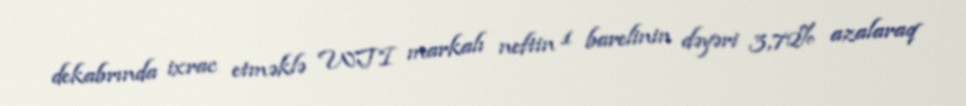
dekabrında ixrac etməklə WTI markalı neftin 1 barelinin dəyəri 3,72% azalaraq